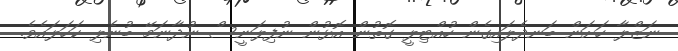
ނަޒްލާ ހަށަން ބަނދެލައިގެން ހުއްޓިލީ ގޮތުން އޮޅުން ނުފިލަނީސް ނުދާނަމޭ ބުނެލި ކަހަލައެވެ.